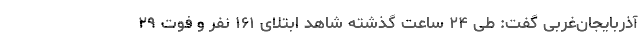
آذربایجان‌غربی گفت: طی ۲۴ ساعت گذشته شاهد ابتلای ۱۶۱ نفر و فوت ۲۹